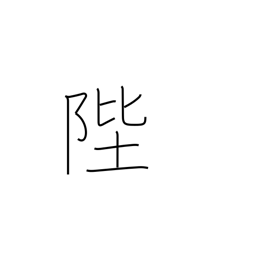
Meaning: steps (of throne)